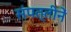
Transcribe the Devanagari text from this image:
संपत्तीनें